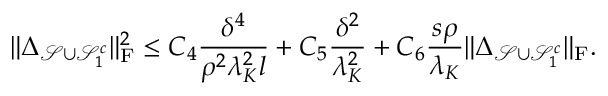
\| \boldsymbol { \Delta } _ { \mathcal { S } \cup \mathcal { S } _ { 1 } ^ { c } } \| _ { \mathrm { F } } ^ { 2 } \leq C _ { 4 } \frac { \delta ^ { 4 } } { \rho ^ { 2 } \lambda _ { K } ^ { 2 } l } + C _ { 5 } \frac { \delta ^ { 2 } } { \lambda _ { K } ^ { 2 } } + C _ { 6 } \frac { s \rho } { \lambda _ { K } } \| \boldsymbol { \Delta } _ { \mathcal { S } \cup \mathcal { S } _ { 1 } ^ { c } } \| _ { \mathrm { F } } .